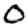
Digit: 0